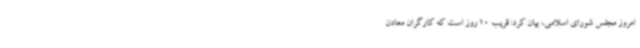
امروز مجلس شورای اسلامی، بیان کرد: قریب 10 روز است که کارگران معادن